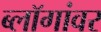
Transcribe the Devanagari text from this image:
ब्लॉगांवर